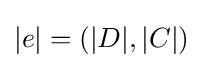
|e|=(|D|,|C|)